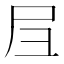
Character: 𡰩